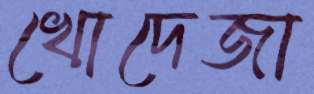
খোদেজা